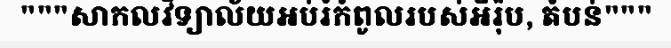
"""សាកលវិទ្យាល័យអប់រំកំពូលរបស់អឺរ៉ុប, តំបន់"""